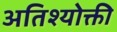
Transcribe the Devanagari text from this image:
अतिश्योक्ती